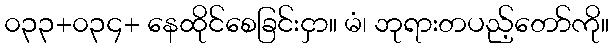
၀၃၃+၀၃၄+ နေထိုင်စေခြင်းငှာ။ မံ၊ ဘုရားတပည့်တော်ကို။